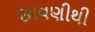
છાવણીથી